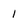
Character: I